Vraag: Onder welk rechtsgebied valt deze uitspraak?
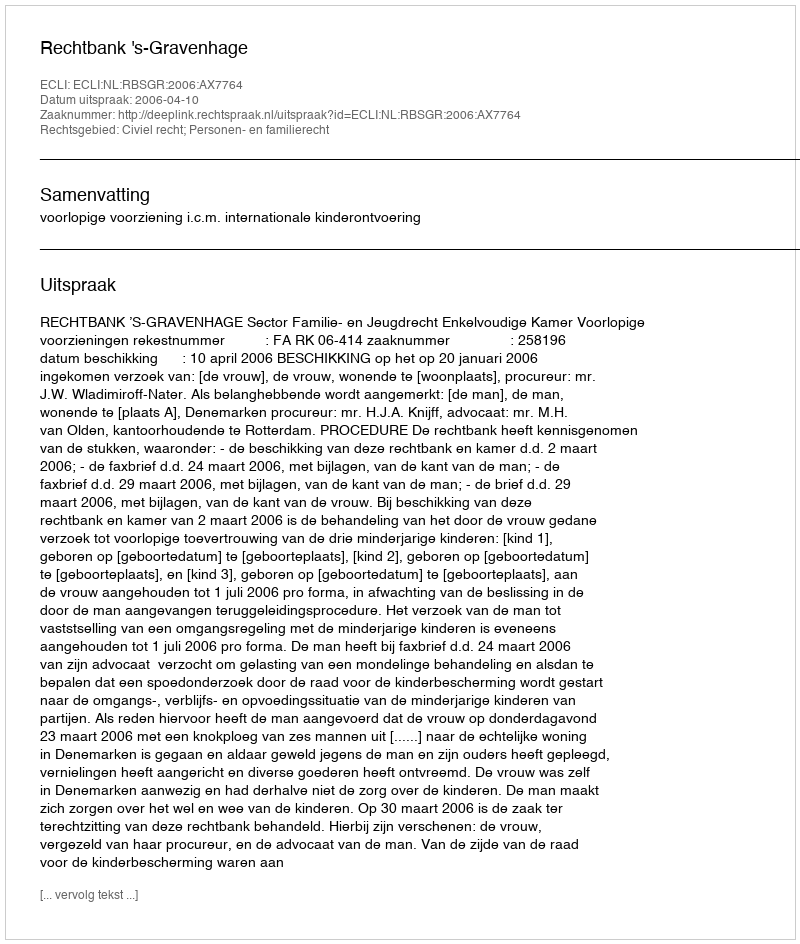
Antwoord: Civiel recht; Personen- en familierecht